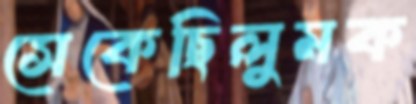
সেকেছিলুমক